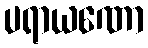
ပရာယဏော